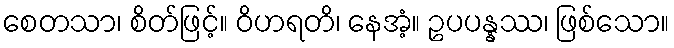
စေတသာ၊ စိတ်ဖြင့်။ ဝိဟရတိ၊ နေအံ့။ ဥပပန္နဿ၊ ဖြစ်သော။